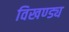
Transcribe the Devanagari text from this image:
विखण्ड्य